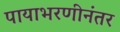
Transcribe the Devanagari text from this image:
पायाभरणीनंतर